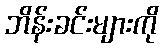
ဘိန်းခင်းများကို